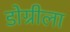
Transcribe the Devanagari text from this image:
डोग्रीला